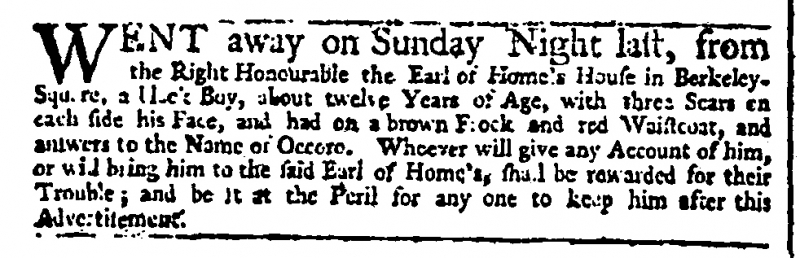
Daily Advertiser, 4 January 1745 (England)
WENT away on Sunday Night last, from the Right Honourable the Earl of Home’s House in Berkeley-Square, a [black] Boy, about twelve Years of Age, with three Scars on each side his Face, and had on a brown Frock and red Waistcoat, and answers to the Name of Occoro. Whoever will give any Account of him, or will bring him to the said Earl of Home’s, shall be rewarded for their Trouble; and be it at the Peril for any one to keep him after this Advertisement.